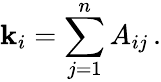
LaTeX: \mathbf{k}_{i}=\sum_{j=1}^{n}A_{ij}\, .